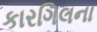
કારગિલના